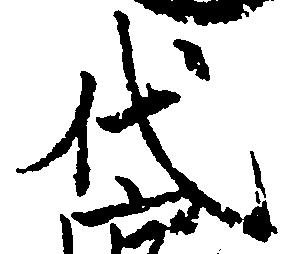
代